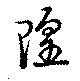
隍